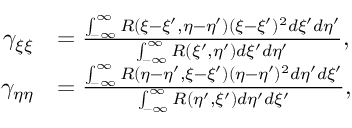
\begin{array} { r l } { \gamma _ { \xi \xi } } & { = \frac { \int _ { - \infty } ^ { \infty } R ( \xi - \xi ^ { \prime } , \eta - \eta ^ { \prime } ) ( \xi - \xi ^ { \prime } ) ^ { 2 } d \xi ^ { \prime } d \eta ^ { \prime } } { \int _ { - \infty } ^ { \infty } R ( \xi ^ { \prime } , \eta ^ { \prime } ) d \xi ^ { \prime } d \eta ^ { \prime } } , } \\ { \gamma _ { \eta \eta } } & { = \frac { \int _ { - \infty } ^ { \infty } R ( \eta - \eta ^ { \prime } , \xi - \xi ^ { \prime } ) ( \eta - \eta ^ { \prime } ) ^ { 2 } d \eta ^ { \prime } d \xi ^ { \prime } } { \int _ { - \infty } ^ { \infty } R ( \eta ^ { \prime } , \xi ^ { \prime } ) d \eta ^ { \prime } d \xi ^ { \prime } } , } \end{array}